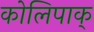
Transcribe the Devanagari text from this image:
कोलिपाक्